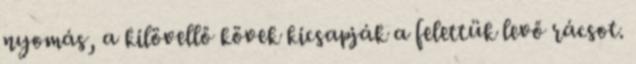
nyomás, a kilövellő kövek kicsapják a felettük levő rácsot.